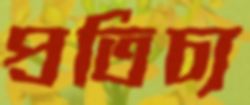
প্রতিচ্য